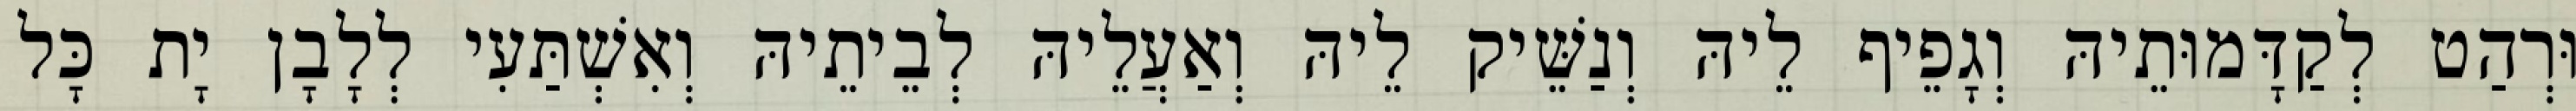
וּרְהַט לְקַדָּמוּתֵיהּ וְגָפֵיף לֵיהּ וְנַשֵּׁיק לֵיהּ וְאַעֲלֵיהּ לְבֵיתֵיהּ וְאִשְׁתַּעִי לְלָבָן יָת כָּל